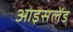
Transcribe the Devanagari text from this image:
आइसलेंड